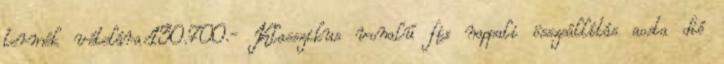
termék vételára:130.700.- Klasszikus vonalú fix nappali összeállítás aosta dió